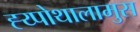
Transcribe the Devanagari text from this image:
ह्य्पोथालामुस